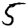
Digit: 5